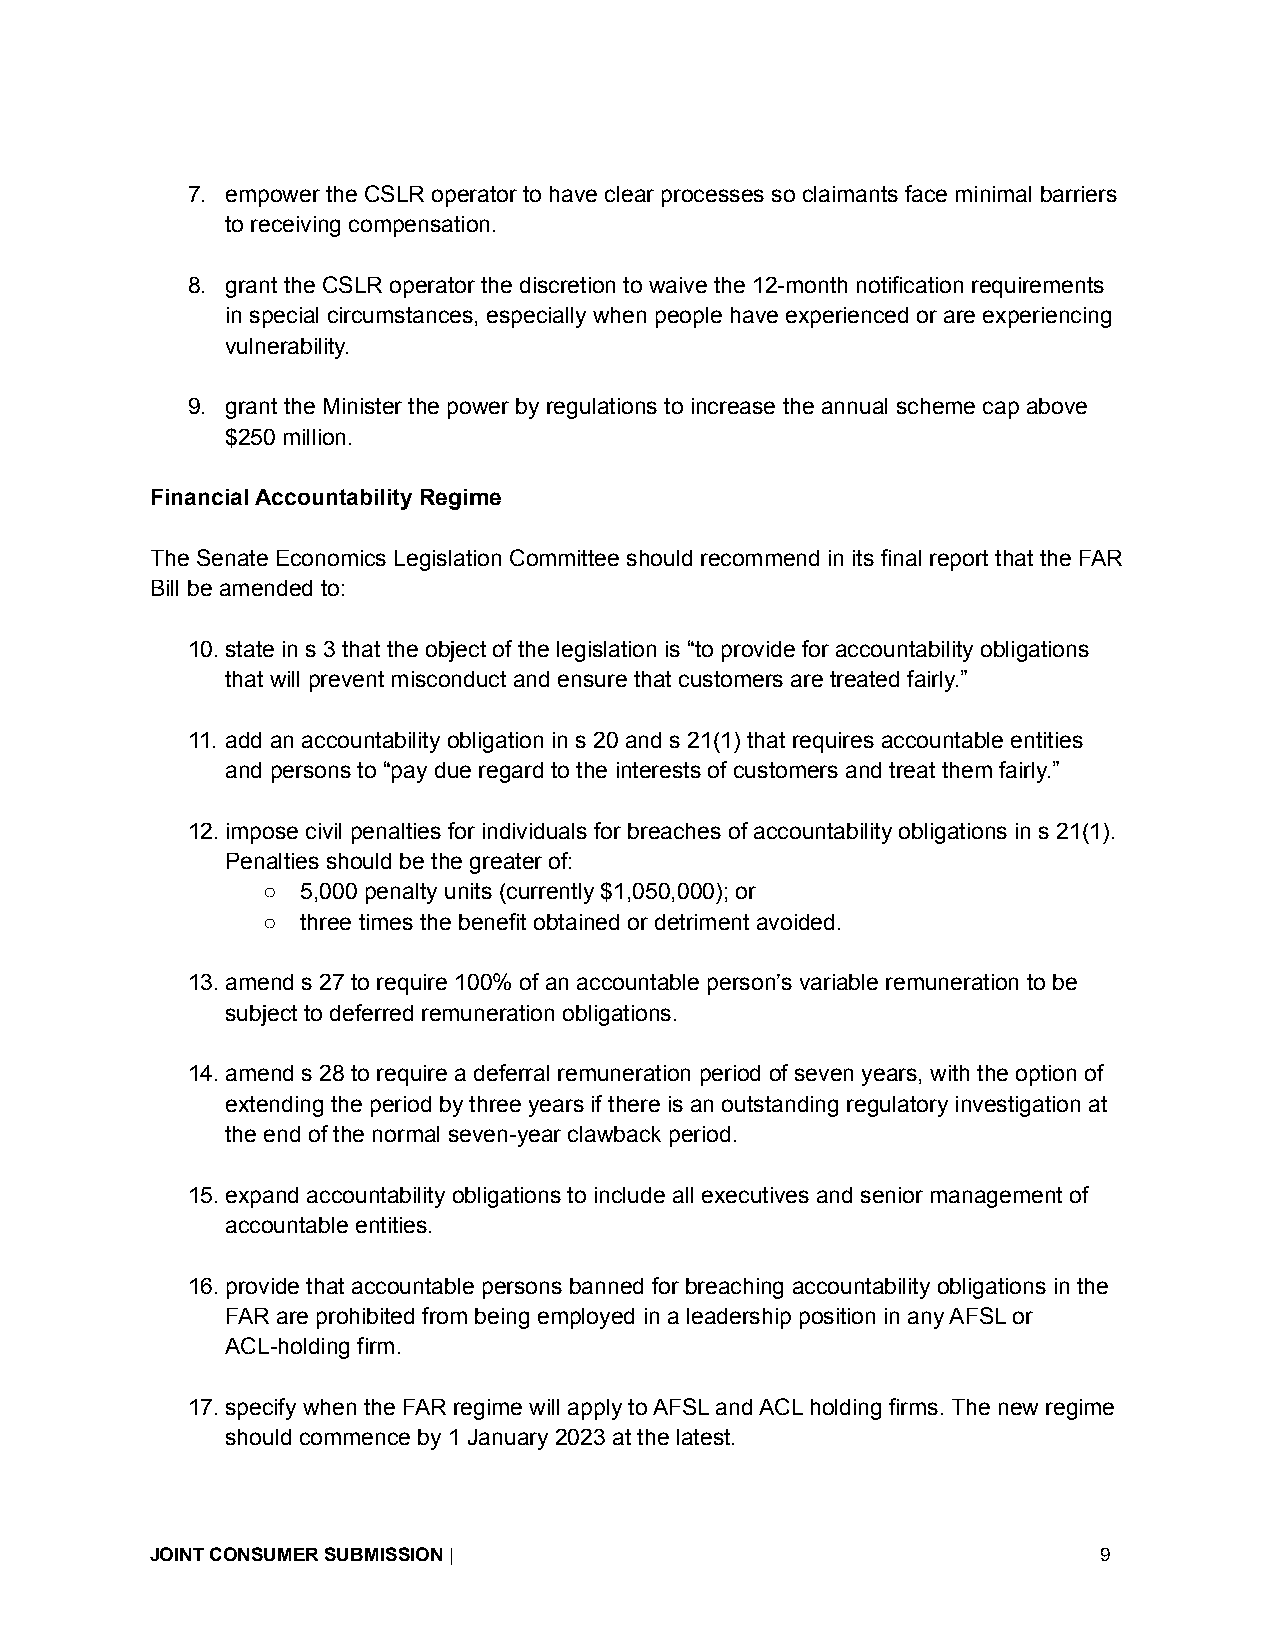
7. empower the CSLR operator to have clear processes so claimants face minimal barriers
 to receiving compensation.
 8. grant the CSLR operator the discretion to waive the 12-month notification requirements
 in special circumstances, especially when people have experienced or are experiencing
 vulnerability.
 9. grant the Minister the power by regulations to increase the annual scheme cap above
 $250 million.
 Financial Accountability Regime
 The Senate Economics Legislation Committee should recommend in its final report that the FAR
 Bill be amended to:
 10.state in s 3 that the object of the legislation is “to provide for accountability obligations
 that will prevent misconduct and ensure that customers are treated fairly.”
 11. add an accountability obligation in s 20 and s 21(1) that requires accountable entities
 and persons to “pay due regard to the interests of customers and treat them fairly.”
 12.impose civil penalties for individuals for breaches of accountability obligations in s 21(1).
 Penalties should be the greater of:
 ○  5,000 penalty units (currently $1,050,000); or
 ○  three times the benefit obtained or detriment avoided.
 13.amend s 27 to require 100% of an accountable person’s variable remuneration to be
 subject to deferred remuneration obligations.
 14.amend s 28 to require a deferral remuneration period of seven years, with the option of
 extending the period by three years if there is an outstanding regulatory investigation at
 the end of the normal seven-year clawback period.
 15.expand accountability obligations to include all executives and senior management of
 accountable entities.
 16.provide that accountable persons banned for breaching accountability obligations in the
 FAR are prohibited from being employed in a leadership position in any AFSL or
 ACL-holding firm.
 17.specify when the FAR regime will apply to AFSL and ACL holding firms. The new regime
 should commence by 1 January 2023 at the latest.
 JOINT CONSUMER SUBMISSION|                                     9